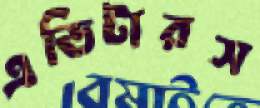
এডিটারস